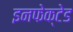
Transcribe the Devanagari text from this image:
इनफेक्टेड